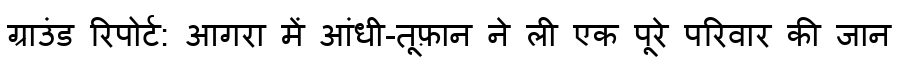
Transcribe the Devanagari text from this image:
ग्राउंड रिपोर्ट: आगरा में आंधी-तूफ़ान ने ली एक पूरे परिवार की जान